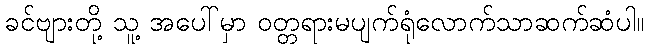
ခင်ဗျားတို့ သူ့ အပေါ်မှာ ဝတ္တရားမပျက်ရုံလောက်သာဆက်ဆံပါ။